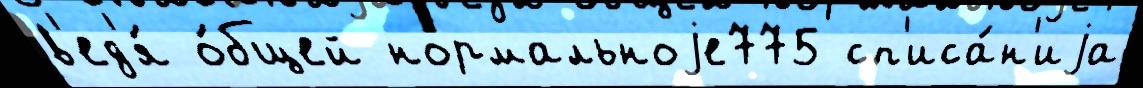
в'ед'я́ о́бщей нормальноjе775 сп'иса́н'иjа